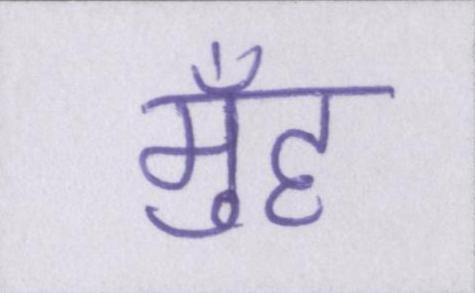
मुँह